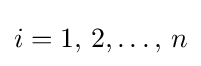
i=1,\,2,\ldots ,\,n